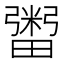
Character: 𤳕